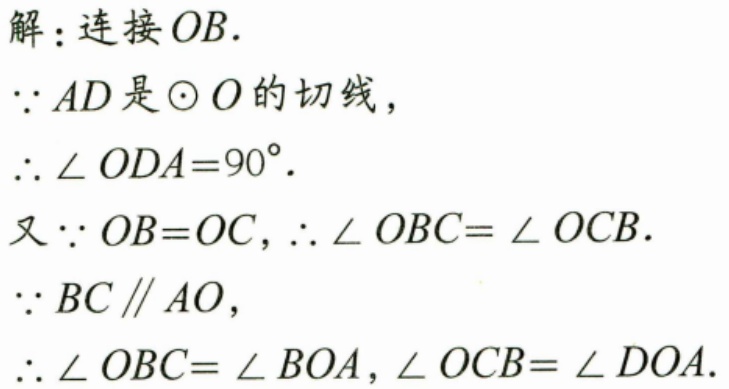
解：连接\(OB\).
\(\because AD\)是\(\odot O\)的切线，
\(\therefore \angle ODA = 90^{\circ}.\)
又\(\because OB = OC,\therefore \angle OBC=\angle OCB.\)
\(\because BC\parallel AO\)，
\(\therefore \angle OBC=\angle BOA,\angle OCB=\angle DOA.\)